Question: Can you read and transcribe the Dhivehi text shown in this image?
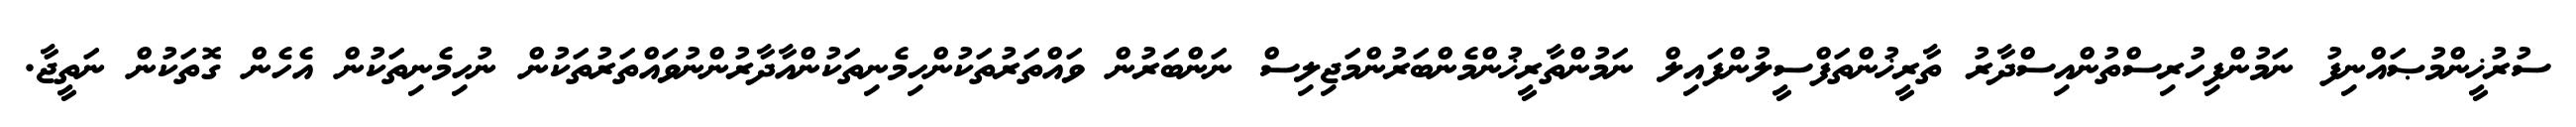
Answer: ސުރުޚީންމުޞައްނިފު ނަމުންފިހުރިސްތުންއިސްދާރު ތާރީޚުންތަފްސީލުންފައިލް ނަމުންތާރީޚުންމެންބަރުންމަޖިލިސް ނަންބަރުން ވައްތަރުތަކުންހިމެނިތަކުންއާދާރުންނުވައްތަރުތަކުން ނުހިމެނިތަކުން އެހެން ގޮތަކުން ނަތީޖާ.